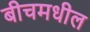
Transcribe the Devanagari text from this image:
बीचमधील